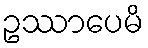
ဥဿာပေမိ